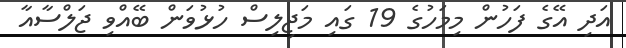
އަދި އޭގެ ފަހުން މިމަހުގެ 19 ގައި މަޖިލިސް ހުޅުވަން ބޭއްވި ޖަލްސާއާ